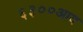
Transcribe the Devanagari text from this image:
६३००आय